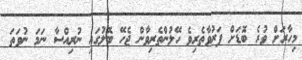
މިހާރަށް ވުރެ ބޮޑަށް ފަރުވާތެރިވެ ހޭލުންތެރިވާން ޖެހޭ ބޮލުގައި ނުރިއްސާ ނަމަ ނުވަތަ